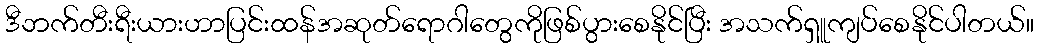
ဒီဘက်တီးရီးယားဟာပြင်းထန်အဆုတ်ရောဂါတွေကိုဖြစ်ပွားစေနိုင်ပြီး အသက်ရှူကျပ်စေနိုင်ပါတယ်။